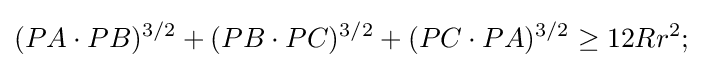
(PA\cdot PB)^{3/2}+(PB\cdot PC)^{3/2}+(PC\cdot PA)^{3/2}\geq 12Rr^{2};